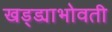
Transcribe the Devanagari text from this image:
खड्ड्याभोवती